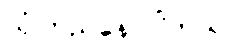
ယုံကြည်နေ ပါတယ်။